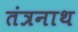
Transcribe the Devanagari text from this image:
तंत्रनाथ